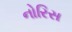
નોરિસ